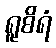
ရူစိရံ